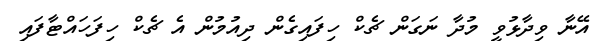
އޭނާ ވިދާޅުވީ މުދާ ނަގަން ޗެކް ހިފައިގެން ދިއުމުން އެ ޗެކް ހިފަހައްޓާފައި